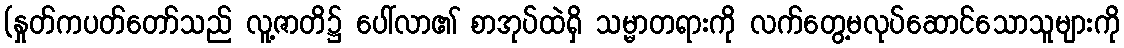
(နှုတ်ကပတ်တော်သည် လူ့ဇာတိ၌ ပေါ်လာ၏ စာအုပ်ထဲရှိ သမ္မာတရားကို လက်တွေ့မလုပ်ဆောင်သောသူများကို